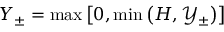
Y _ { \pm } = \operatorname* { m a x } \left[ 0 , \operatorname* { m i n } \left( H , \mathcal { Y } _ { \pm } \right) \right]